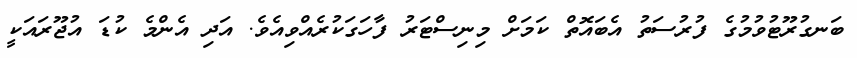
ބަނގުރޫޓުވުމުގެ ފުރުސަތު އެބައޮތް ކަމަށް މިނިސްޓަރު ފާހަގަކުރެއްވިއެވެ. އަދި އެންމެ ކުޑަ އުޖޫރައަކީ